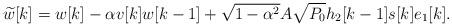
LaTeX: \begin{align*}\widetilde{w}[k]=w[k]- \alpha v[k] w[k-1]+ \sqrt{1-\alpha^2} A\sqrt{P_0}h_2[k-1]s[k]e_1[k].\end{align*}